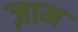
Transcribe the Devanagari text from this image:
ज़ाम